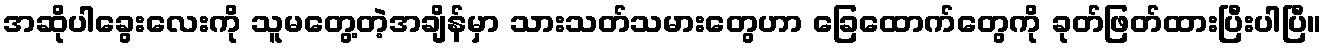
အဆိုပါခွေးလေးကို သူမတွေ့တဲ့အချိန်မှာ သားသတ်သမားတွေဟာ ခြေထောက်တွေကို ခုတ်ဖြတ်ထားပြီးပါပြီ။